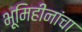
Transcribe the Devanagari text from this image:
भूमिहीनांचा